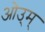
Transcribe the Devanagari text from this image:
ओउ्म्